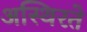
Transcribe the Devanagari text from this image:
अस्थिरते